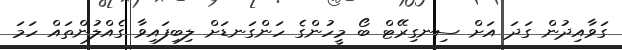
ގަވާއިދުން ގަދަ އަށް ސިނގިރޭޓް ބޯ މީހުންގެ ހަންގަނޑަށް ލިބިފައިވާ ގެއްލުންތައް ހަމަ